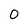
Character: 0